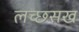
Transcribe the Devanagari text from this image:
लच्छसख